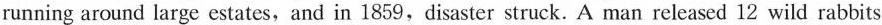
running around large estates, and in 1859,disaster struck. A man released 12 wild rabbits